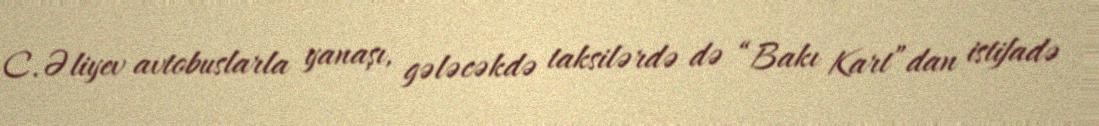
C.Əliyev avtobuslarla yanaşı, gələcəkdə taksilərdə də “Bakı Kart”dan istifadə